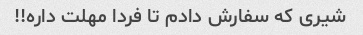
شیری که سفارش دادم تا فردا مهلت داره!!